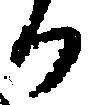
か